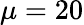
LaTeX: \mu=20